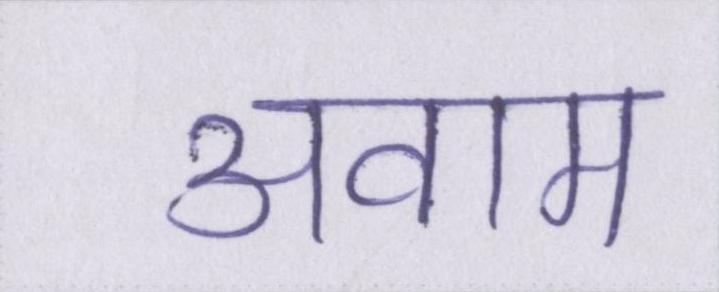
अवाम